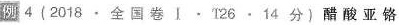
例4(2018 \cdot 全国卷 ∣ \cdot T26 \cdot 14分)醋酸亚铬